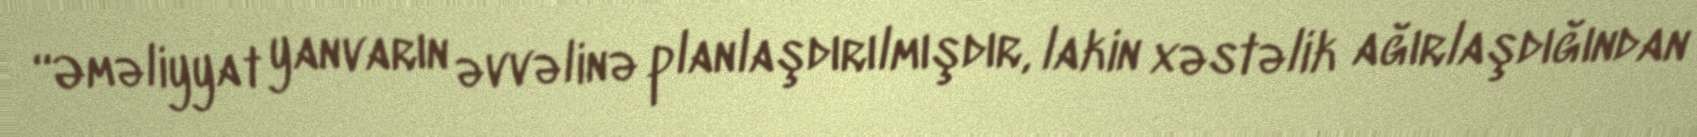
“Əməliyyat yanvarın əvvəlinə planlaşdırılmışdır, lakin xəstəlik ağırlaşdığından